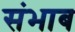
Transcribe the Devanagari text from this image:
संभाब